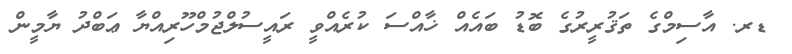
ޑރ. އާސިމްގެ ތަޤުރީރުގެ ބޮޑު ބައެއް ޚާއްސަ ކުރެއްވީ ރައީސުލްޖުމްހޫރިއްޔާ ޢަބްދު ޔާމީން